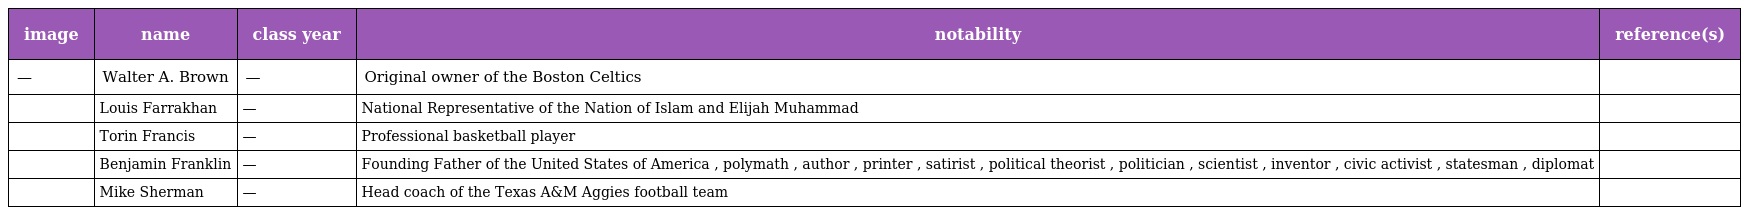
| image | name | class year | notability | reference(s) |
 | --- | --- | --- | --- | --- |
 | — | Walter A. Brown | — | Original owner of the Boston Celtics |  |
 |  | Louis Farrakhan | — | National Representative of the Nation of Islam and Elijah Muhammad |  |
 |  | Torin Francis | — | Professional basketball player |  |
 |  | Benjamin Franklin | — | Founding Father of the United States of America , polymath , author , printer , satirist , political theorist , politician , scientist , inventor , civic activist , statesman , diplomat |  |
 |  | Mike Sherman | — | Head coach of the Texas A&M Aggies football team |  |